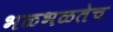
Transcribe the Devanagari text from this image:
भळभळतेच